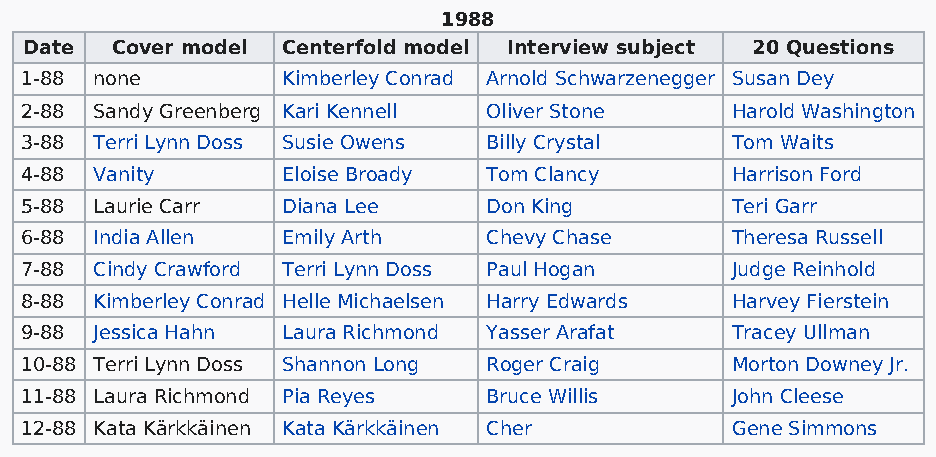
1988
 Date Cover model Centerfold model Interview subject 20 Questions
 1-88 none         Kimberley Conrad Arnold Schwarzenegger Susan Dey
 2-88 Sandy Greenberg Kari Kennell Oliver Stone Harold Washington
 3-88 Terri Lynn Doss Susie Owens Billy Crystal Tom Waits
 4-88 Vanity       Eloise Broady Tom Clancy     Harrison Ford
 5-88 Laurie Carr  Diana Lee    Don King        Teri Garr
 6-88 India Allen  Emily Arth   Chevy Chase     Theresa Russell
 7-88 Cindy Crawford Terri Lynn Doss Paul Hogan Judge Reinhold
 8-88 Kimberley Conrad Helle Michaelsen Harry Edwards Harvey Fierstein
 9-88 Jessica Hahn Laura Richmond Yasser Arafat Tracey Ullman
 10-88 Terri Lynn Doss Shannon Long Roger Craig Morton Downey Jr.
 11-88 Laura Richmond Pia Reyes Bruce Willis    John Cleese
 12-88 Kata Kärkkäinen Kata Kärkkäinen Cher     Gene Simmons